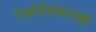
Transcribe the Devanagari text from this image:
रेकॉर्डससारखी